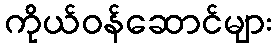
ကိုယ်ဝန်ဆောင်များ